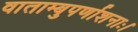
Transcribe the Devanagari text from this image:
वाताम्बुपर्णाशनाः।